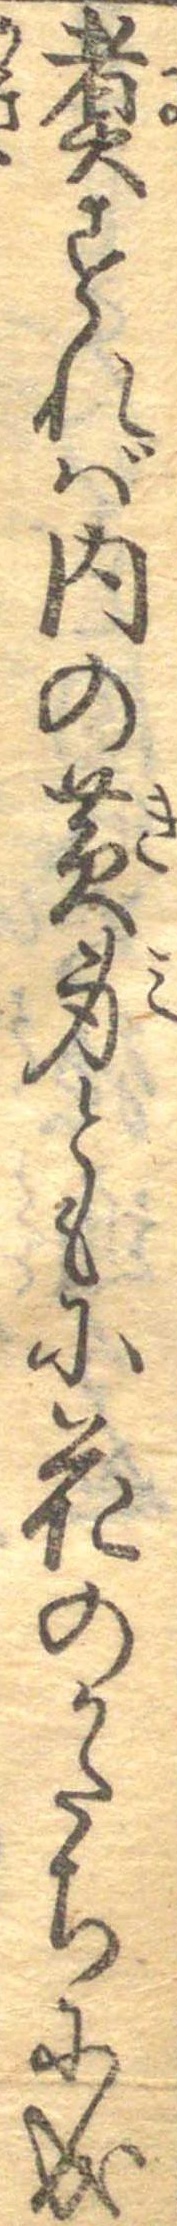
煮すれば内の黄身ともに花のかたちに成